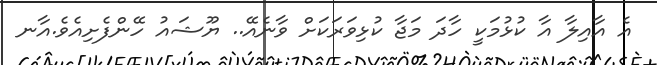
އެ އާއިލާ އާ ކުޅުމަކީ ހާދަ މަޖާ ކުޅިވަރަކަށް ވާނެއޭ.. ޔޫޝައު ހޭންފެށިއެވެ.އާނ